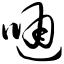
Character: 嗵